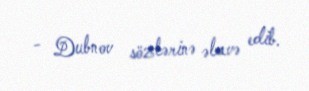
- Dubnov sözlərinə əlavə edib.